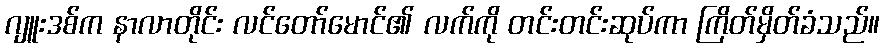
ဂျူးဒစ်က နာလာတိုင်း လင်တော်မောင်၏ လက်ကို တင်းတင်းဆုပ်ကာ ကြိတ်မှိတ်ခံသည်။